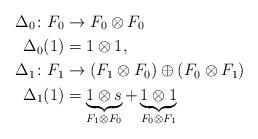
LaTeX: \begin{align*}\Delta_0 \colon F_0 &\to F_0\otimes F_0 \\\Delta_0(1) &= 1\otimes 1, \\\Delta_1 \colon F_1 &\to (F_1\otimes F_0)\oplus (F_0\otimes F_1) \\\Delta_1(1) &= \underbrace{1\otimes s}_{F_1\otimes F_0} + \underbrace{1\otimes 1}_{F_0\otimes F_1}\end{align*}